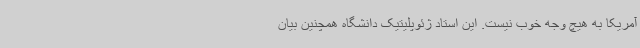
آمریکا به هیچ وجه خوب نیست. این استاد ژئوپلیتیک دانشگاه همچنین بیان